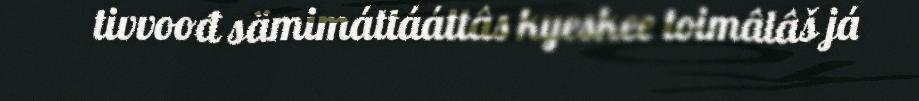
tivvoođ sämimáttááttâs kyeskee toimâlâš já